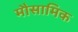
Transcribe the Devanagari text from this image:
मौसामिक